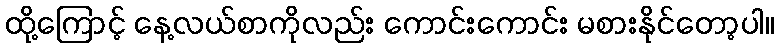
ထို့ကြောင့် နေ့လယ်စာကိုလည်း ကောင်းကောင်း မစားနိုင်တော့ပါ။